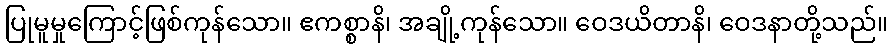
ပြုမူမှုကြောင့်ဖြစ်ကုန်သော။ ဧကစ္စာနိ၊ အချို့ကုန်သော။ ဝေဒယိတာနိ၊ ဝေဒနာတို့သည်။